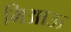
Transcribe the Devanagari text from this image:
मिआऊ